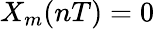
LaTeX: X_{m}(nT)=0